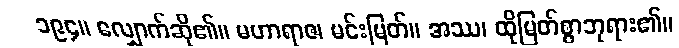
၁၉၄။ လျှောက်ဆို၏။ မဟာရာဇ၊ မင်းမြတ်။ အဿ၊ ထိုမြတ်စွာဘုရား၏။